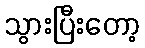
သွားပြီးတော့